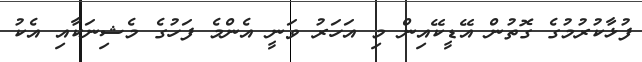
ފުޅާކުރުމުގެ ގޮތުން އޭޑީކޭއިން މި އަހަރު ވަނީ އެންމެ ފަހުގެ މެޝިނަަކާއި އެކު